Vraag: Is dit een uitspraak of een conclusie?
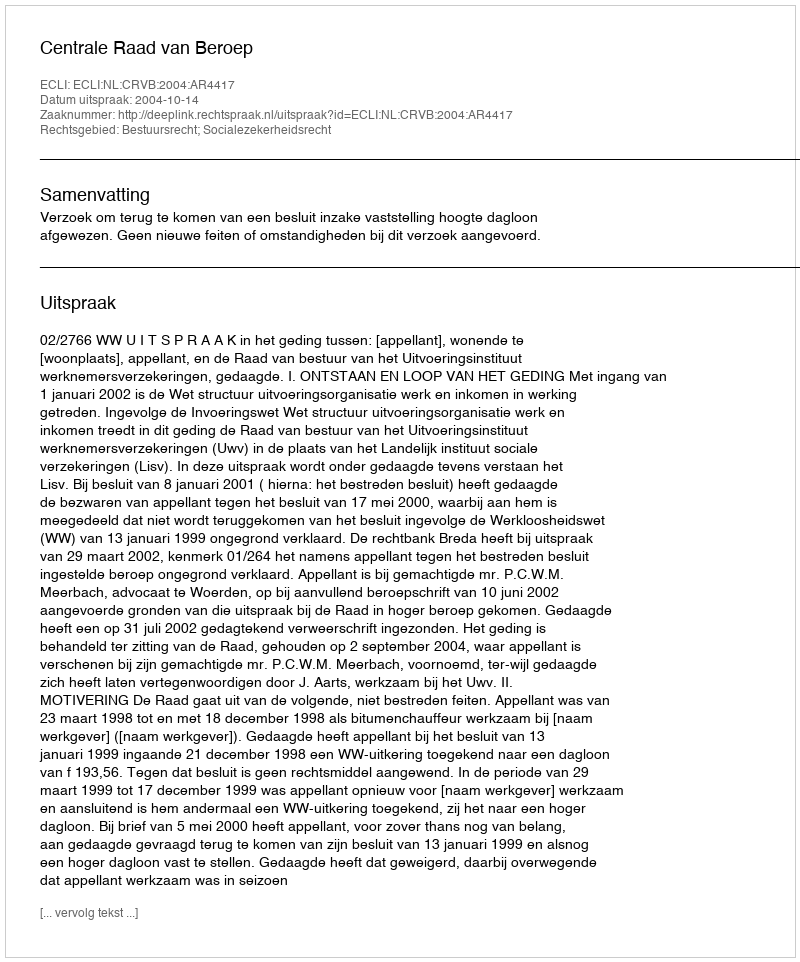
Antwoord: Uitspraak